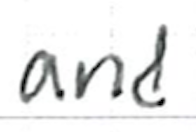
Text: and
Cross-out: clean
Writing tool: ballpoint